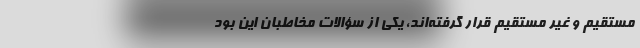
مستقیم و غیر مستقیم قرار گرفته‌اند، یکی از سؤالات مخاطبان این بود